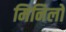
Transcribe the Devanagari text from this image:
मिनिलो